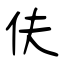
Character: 伕